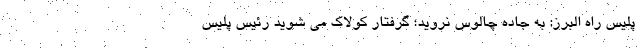
پلیس راه البرز: به جاده چالوس نروید؛ گرفتار کولاک می شوید رئیس پلیس